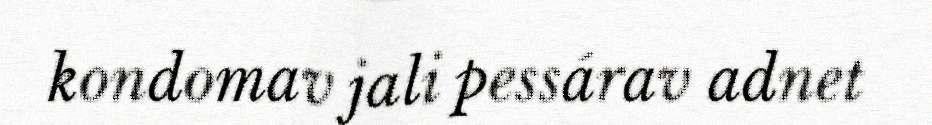
kondomav jali pessárav adnet